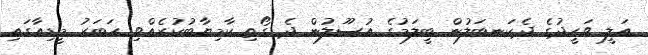
އަލީ ވަހީދުގެ ދެކަނބަލުން ބީލަމުގެ އުސޫލުން ދެ ގޯތި ކާމިޔާބުކުރެއްވި ހަބަރު މީޑިއާގައި